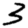
Digit: 3